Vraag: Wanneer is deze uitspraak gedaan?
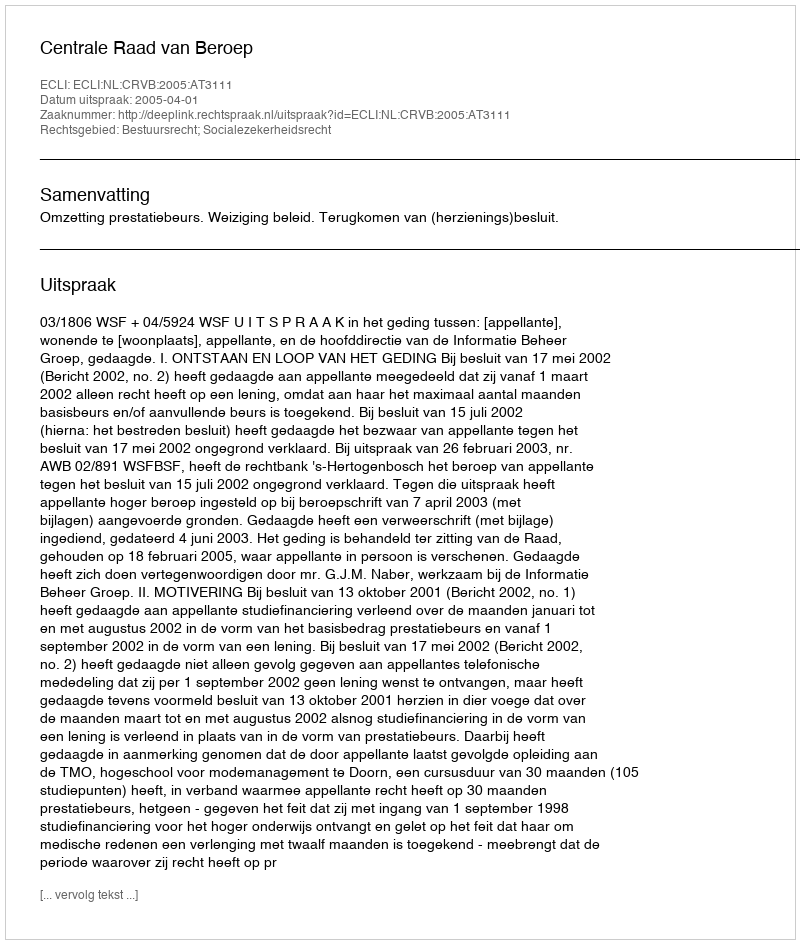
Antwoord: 2005-04-01